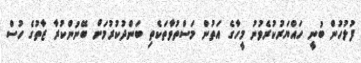
ފުލުހުން ބުނީ ހައްޔަރުކުރެވުނު މީހާގެ އަތުން މަސްތުވާތަކެތި ބަންދުކުރުމަށް ބޭނުންކުރާ ޒާތުގެ ހުސް